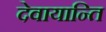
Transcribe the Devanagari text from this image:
देवायान्ति